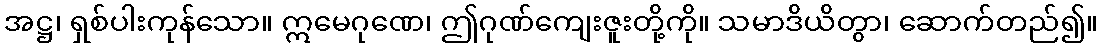
အဋ္ဌ၊ ရှစ်ပါးကုန်သော။ ဣမေဂုဏေ၊ ဤဂုဏ်ကျေးဇူးတို့ကို။ သမာဒိယိတွာ၊ ဆောက်တည်၍။